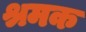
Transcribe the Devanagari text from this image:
श्रमक